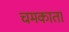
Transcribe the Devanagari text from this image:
चमकाता